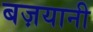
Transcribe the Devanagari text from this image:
बज़यानी